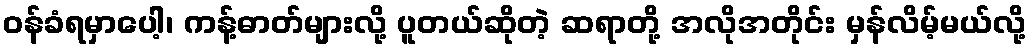
ဝန်ခံရမှာပေါ့၊ ကန့်ဓာတ်များလို့ ပူတယ်ဆိုတဲ့ ဆရာတို့ အလိုအတိုင်း မှန်လိမ့်မယ်လို့